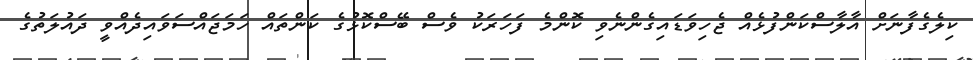
ކިލެގެފާނަށް އާލާސްކަންފުޅެއް ޖެހިވަޑައިގެންނެވި ކޮންމެ ފަހަރަކު ވެސް ބޭސްކޮޅުގެ ކަންތައް ހަމަޖައްސަވައިދެއްވީ ދައުލަތުގެ